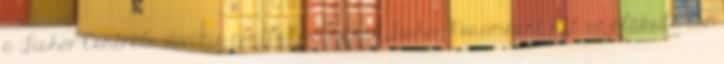
a Fisher Controls divízió csatlakozásával Fisher-Rosemount Kft.-vé alakult. Az